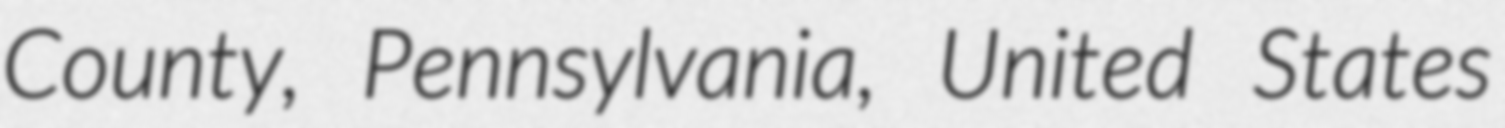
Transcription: County, Pennsylvania, United States